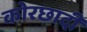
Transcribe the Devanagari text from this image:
कोरछादी